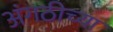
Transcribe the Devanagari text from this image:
अंगठीच्या